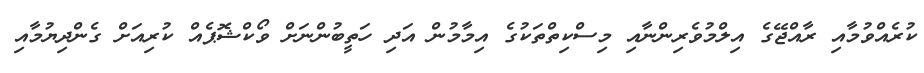
ކުރެއްވުމާއި ރާއްޖޭގެ އިލްމުވެރިންނާއި މިސްކިތްތަކުގެ އިމާމުން އަދި ހަތީބުންނަށް ވޯކްޝޮޕެއް ކުރިއަށް ގެންދިޔުމާއި